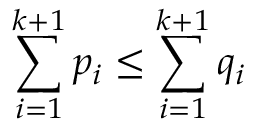
\sum _ { i = 1 } ^ { k + 1 } p _ { i } \leq \sum _ { i = 1 } ^ { k + 1 } q _ { i }